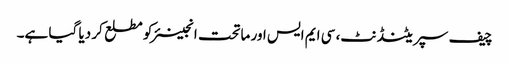
چیف سپریٹنڈنٹ، سی ایم ایس اور ماتحت انجینئر کو مطلع کر دیا گیا ہے۔